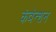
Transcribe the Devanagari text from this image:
कंवेन्शन